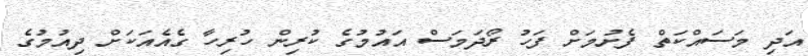
އަދި މަސައްކަތް ފެށުމަށް ފަހު ރޯދަމަސް އައުމުގެ ކުރިން ހުރިހާ ގެއެއަކަށް ދިއުމުގެ